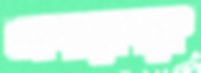
আকায়েবকে